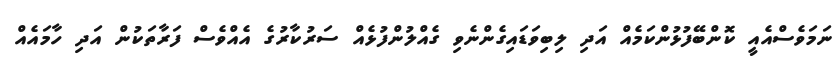
ނަމަވެސްއެއީ ކޮންބޭފުޅުންކަމެއް އަދި ލިބިވަޑައިގެންނެވި ގެއްލުންފުޅެއް ސަރުކާރުގެ އެއްވެސް ފަރާތަކުން އަދި ހާމައެއް